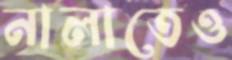
নালাতেও